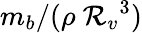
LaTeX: m_{b}/(\rho{\ \mathcal{R}_{v}}^{3})